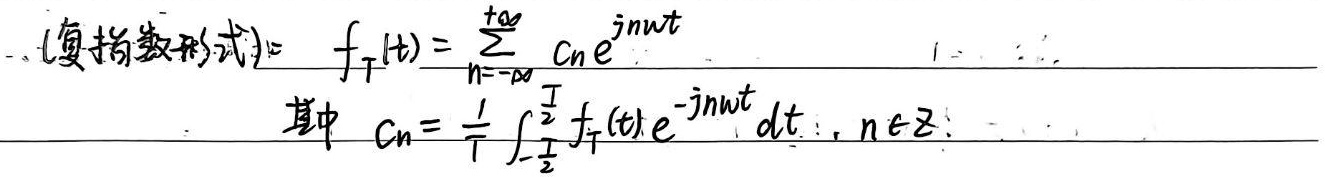
（复指数形式）
\[
f_T(t)=\sum_{n = -\infty}^{+\infty} C_n e^{jn\omega t}
\]
其中 \(C_n = \frac{1}{T}\int_{-\frac{T}{2}}^{\frac{T}{2}} f_T(t)e^{-jn\omega t} dt，n\in\mathbb{Z}\)